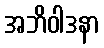
အဘိဝါဒနာ